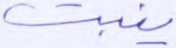
ينبت